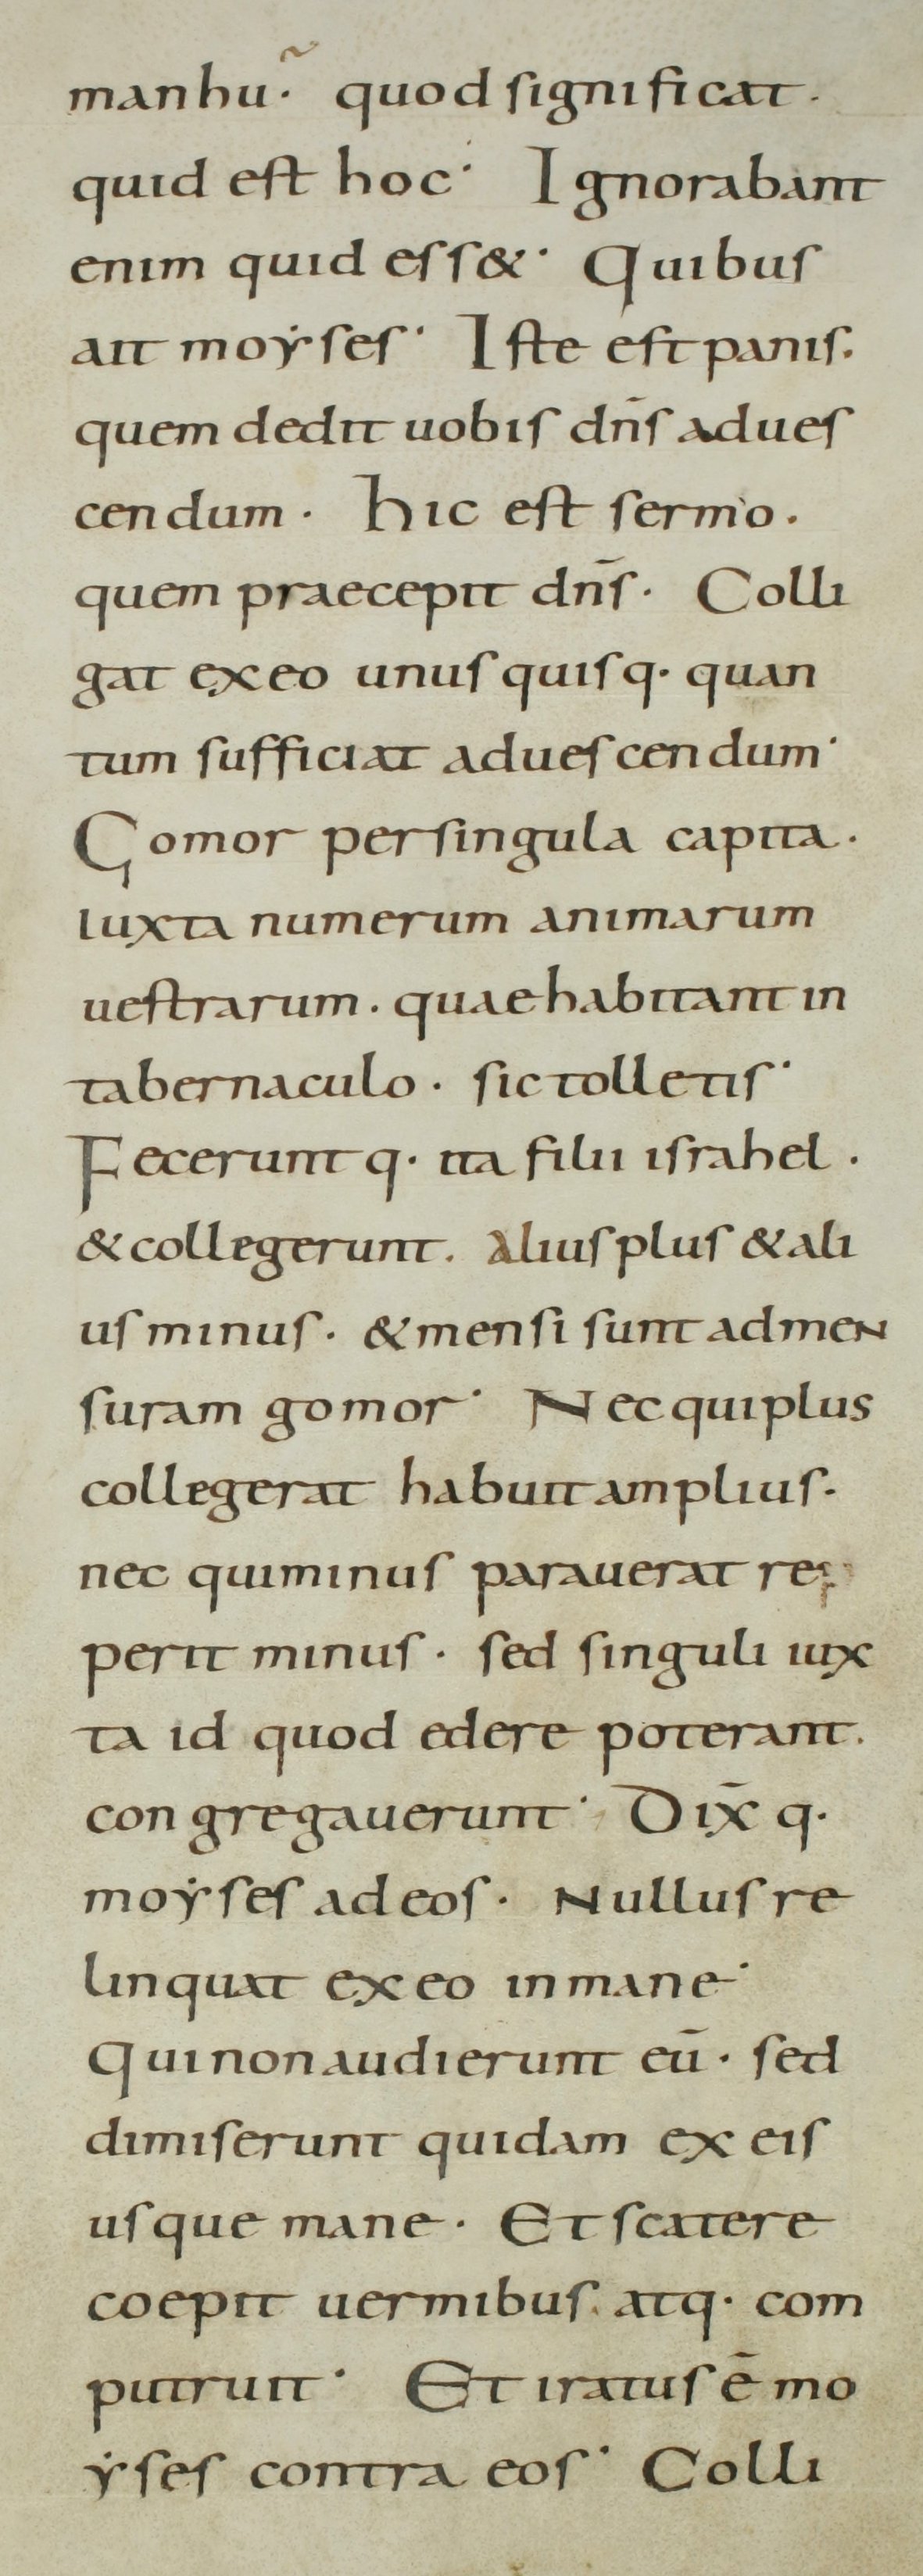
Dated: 800–899